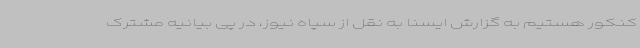
کنکور هستیم به گزارش ایسنا به نقل از سپاه نیوز، در پی بیانیه مشترک